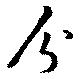
分